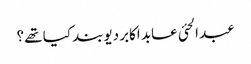
عبد الحئی عابد اکابر دیوبند کیا تھے ؟